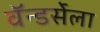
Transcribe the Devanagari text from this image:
वॅन्डर्सेला